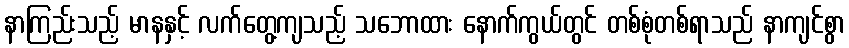
နာကြည်းသည့် မာနနှင့် လက်တွေ့ကျသည့် သဘောထား နောက်ကွယ်တွင် တစ်စုံတစ်ရာသည် နာကျင်စွာ